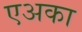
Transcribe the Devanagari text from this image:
एअका